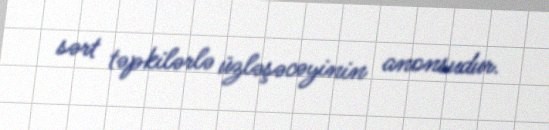
sərt təpkilərlə üzləşəcəyinin anonsudur.